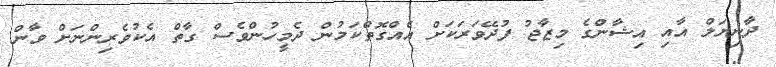
ދާނިޔަލް އާއި އިޝާންގެ މިޒާޖު ފުދޭވަރަކަށް އެއްގޮތްކަމުން ދެމީހުންވެސް ގާތް އެކުވެރިންނަށް ވާން